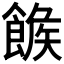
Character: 𩝍